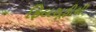
ફિલસૂફીથી